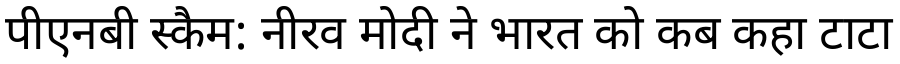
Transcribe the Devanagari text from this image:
पीएनबी स्कैम: नीरव मोदी ने भारत को कब कहा टाटा